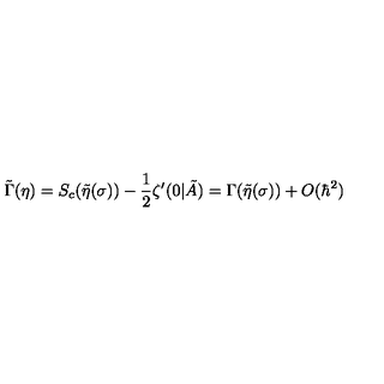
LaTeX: \tilde { \Gamma } ( \eta ) = S _ { c } ( \tilde { \eta } ( \sigma ) ) - \frac { 1 } { 2 } \zeta ^ { \prime } ( 0 | \tilde { A } ) = \Gamma ( \tilde { \eta } ( \sigma ) ) + O ( \hbar ^ { 2 } ) \nonumber